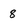
Character: 8